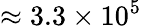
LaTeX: \approx 3.3\times 10^{5}